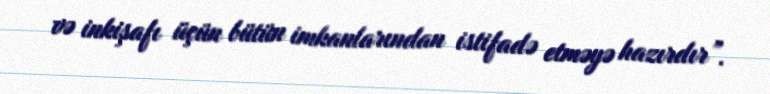
və inkişafı üçün bütün imkanlarından istifadə etməyə hazırdır”.